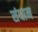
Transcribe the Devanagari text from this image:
संधाम